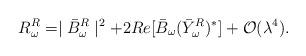
LaTeX: \begin{align*}R^R_\omega=\mid\bar{B}^R_\omega\mid^2+2Re[\bar{B}_\omega(\bar{Y}^R_\omega)^\ast]+{\cal O}(\lambda^4).\end{align*}